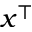
x ^ { \top }